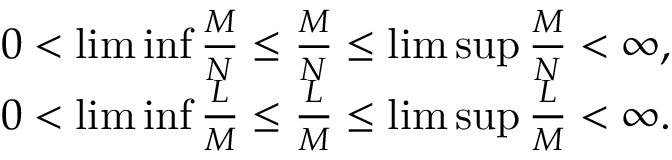
\begin{array} { r l } & { 0 < \operatorname* { l i m } \operatorname* { i n f } \frac { M } { N } \le \frac { M } { N } \le \operatorname* { l i m } \operatorname* { s u p } \frac { M } { N } < \infty , } \\ & { 0 < \operatorname* { l i m } \operatorname* { i n f } \frac { L } { M } \le \frac { L } { M } \le \operatorname* { l i m } \operatorname* { s u p } \frac { L } { M } < \infty . } \end{array}